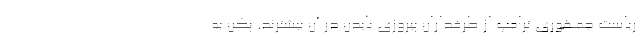
ریاست جمهوری ترامپ از طرفداران پیروزی بایدن در آن بیشترند. پکن به